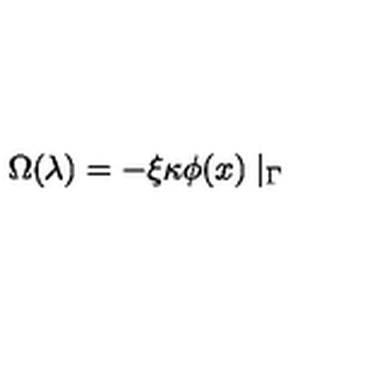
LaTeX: \Omega ( \lambda ) = - \xi \kappa \phi ( x ) \mid _ { \Gamma }